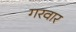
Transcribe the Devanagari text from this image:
गरवार